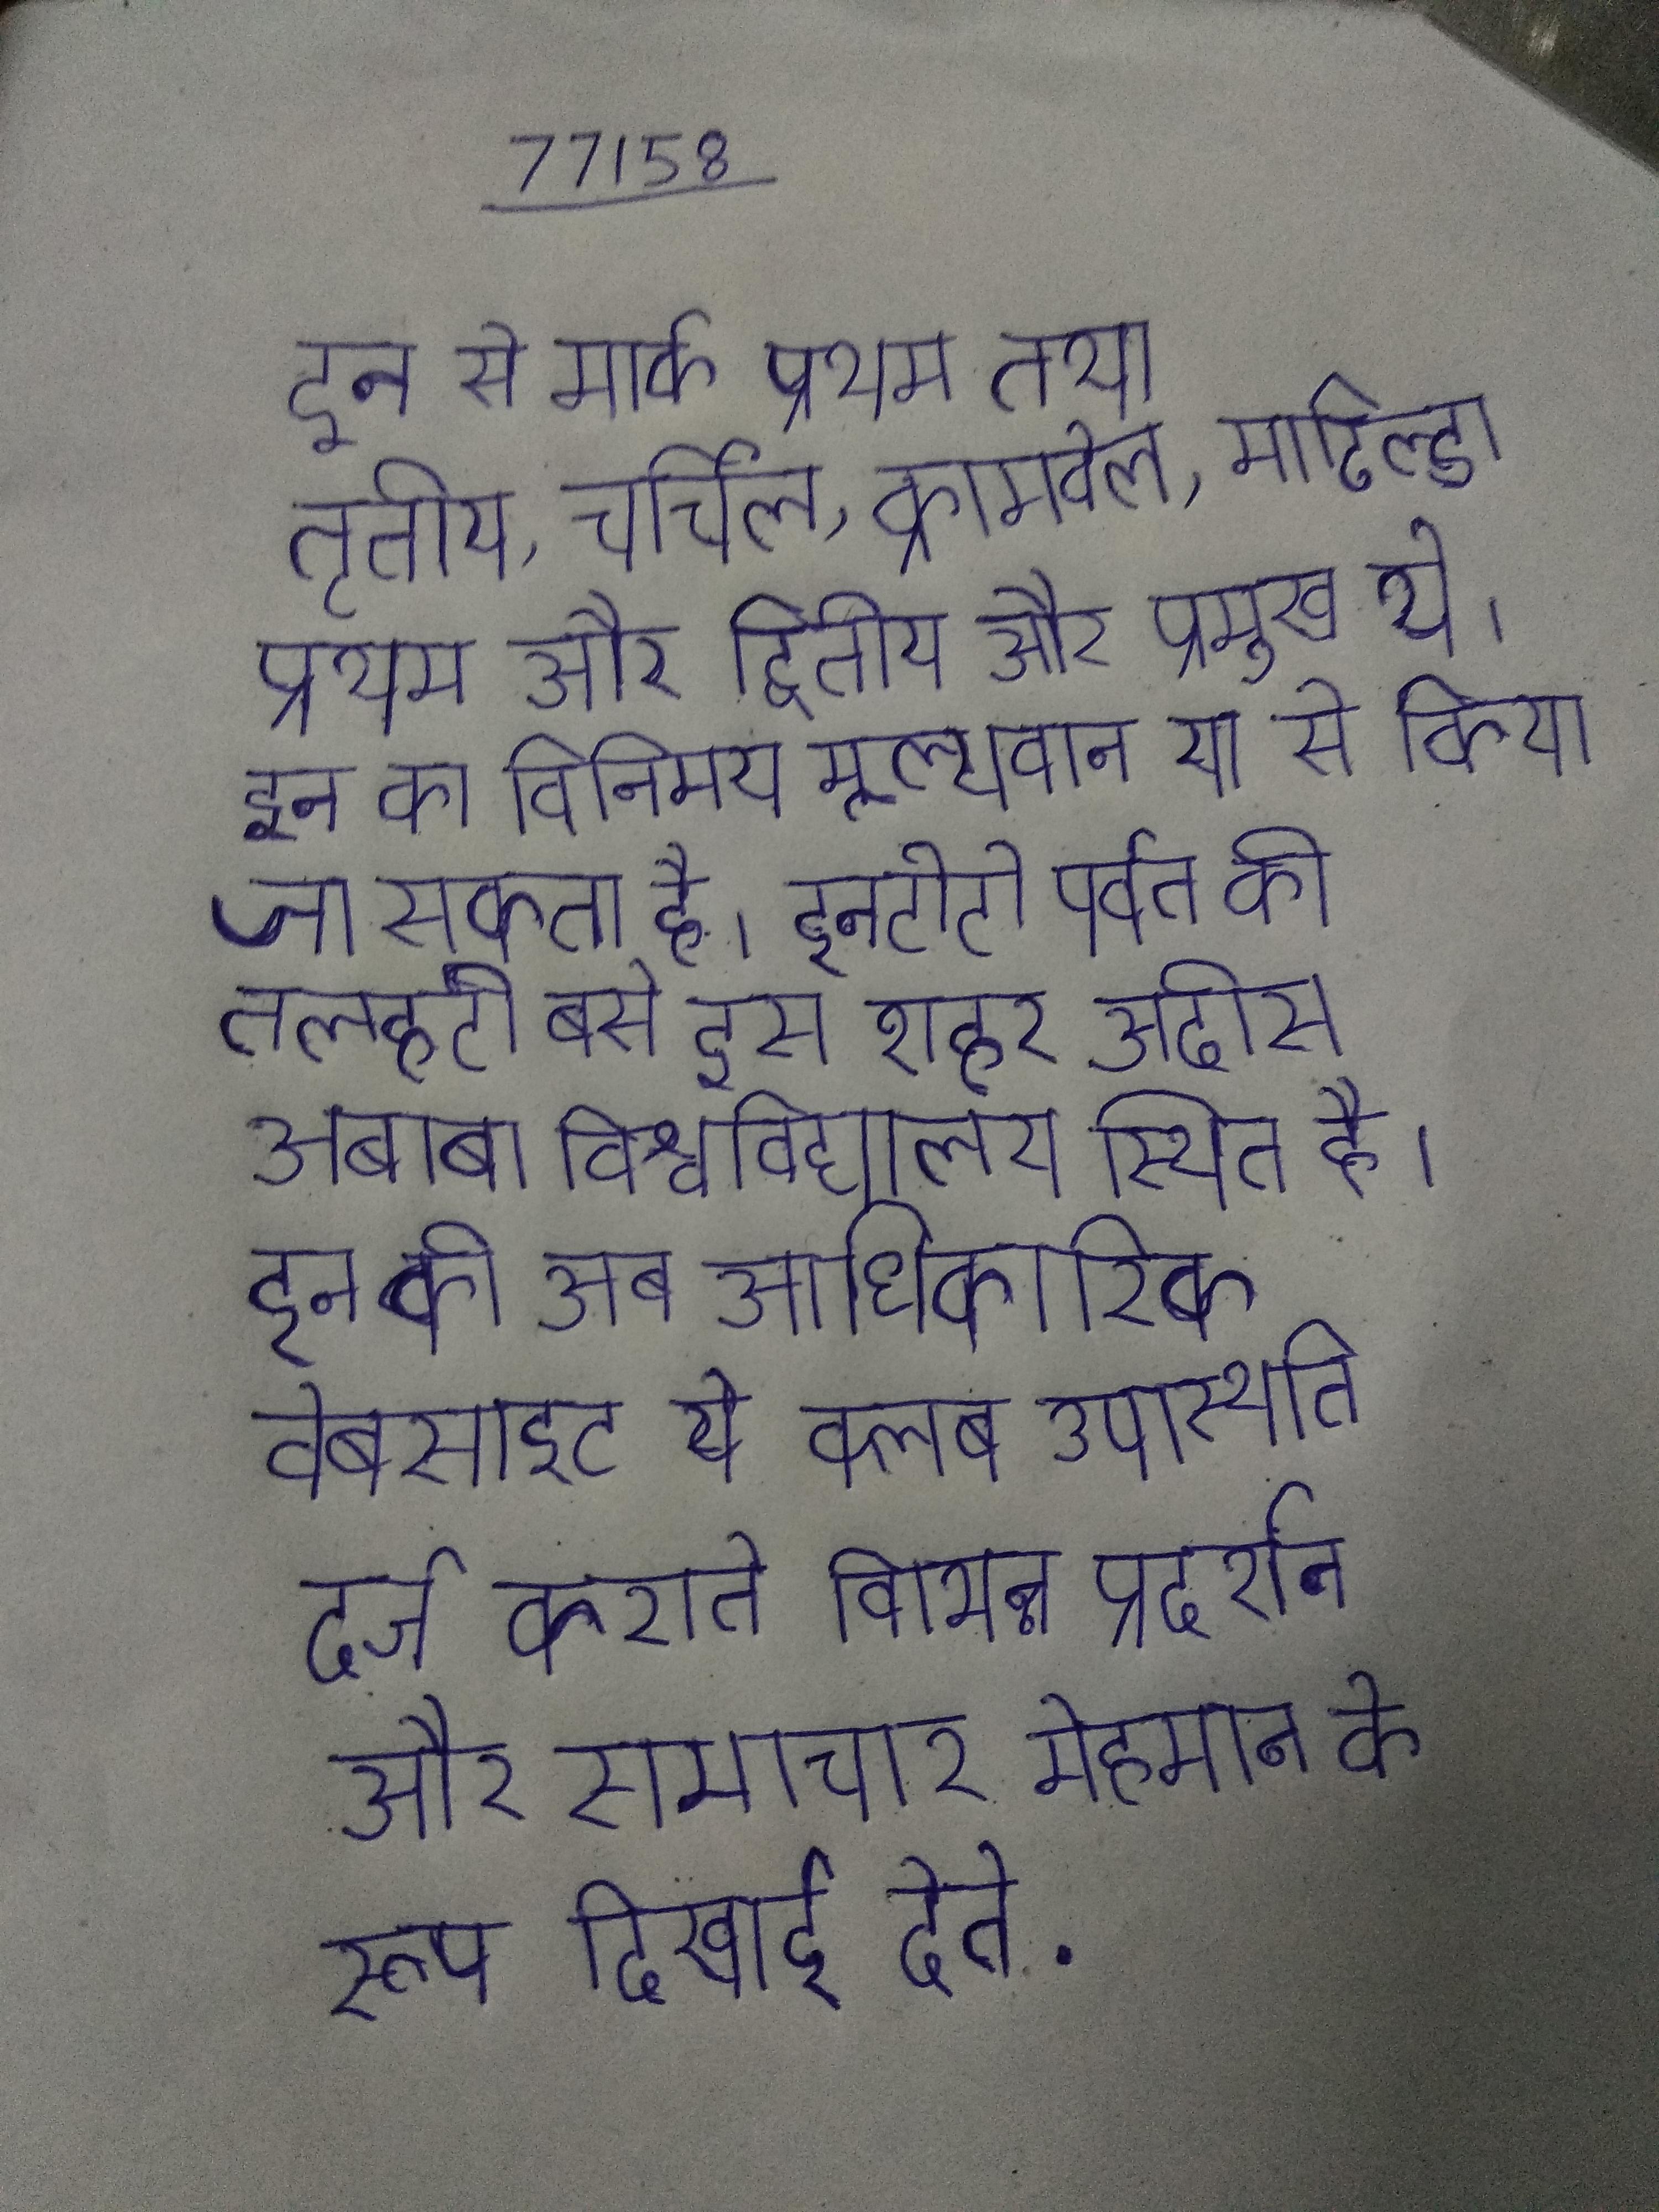
इन से मार्क प्रथम तथा तृतीय, चर्चिल, क्रॉमवेल, माटिल्डा प्रथम और द्वितीय और प्रमुख थे । इन का विनिमय मूल्यवान या से किया जा सकता है । इनटोटो पर्वत की तलहटी बसे इस शहर अदीस अबाबा विश्वविद्यालय स्थित है । इन की अब आधिकारिक वेबसाइट ये क्लब उपस्थिति दर्ज कराते विभिन्न प्रदर्शन और समाचार मेहमान के रूप दिखाई देते .